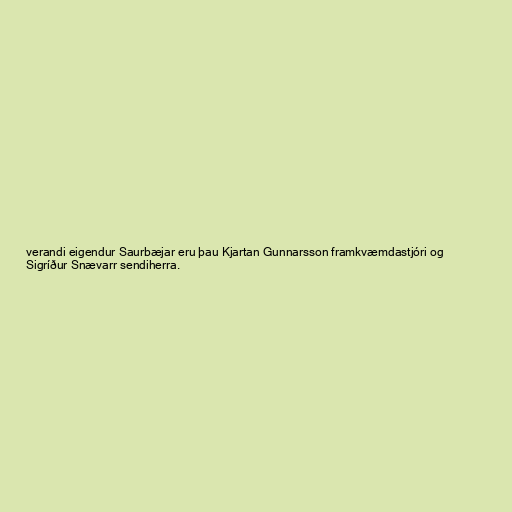
verandi eigendur Saurbæjar eru þau Kjartan Gunnarsson framkvæmdastjóri og
Sigríður Snævarr sendiherra.